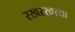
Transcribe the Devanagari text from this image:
रखरखत्या